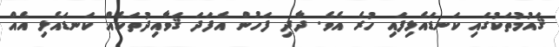
ޤައުމުތަކުގައި ކަނޑައެޅިފައި ހުރެ އެވެ. ދާދި ފަހުން އެފަދަ ޤަވާއިދުތަކެއް ކަނޑައެޅި އެއް